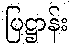
ပြဋ္ဌာန်း